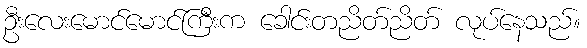
ဦးလေးမောင်မောင်ကြီးက ခေါင်းတညိတ်ညိတ် လုပ်နေသည်။